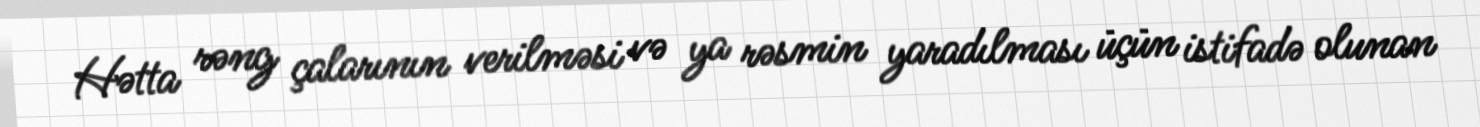
Hətta rəng çalarının verilməsi və ya rəsmin yaradılması üçün istifadə olunan